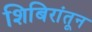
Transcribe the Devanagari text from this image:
शिबिरांतून